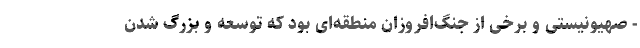
- صهیونیستی و برخی از جنگ‌افروزان منطقه‌ای بود که توسعه و بزرگ شدن